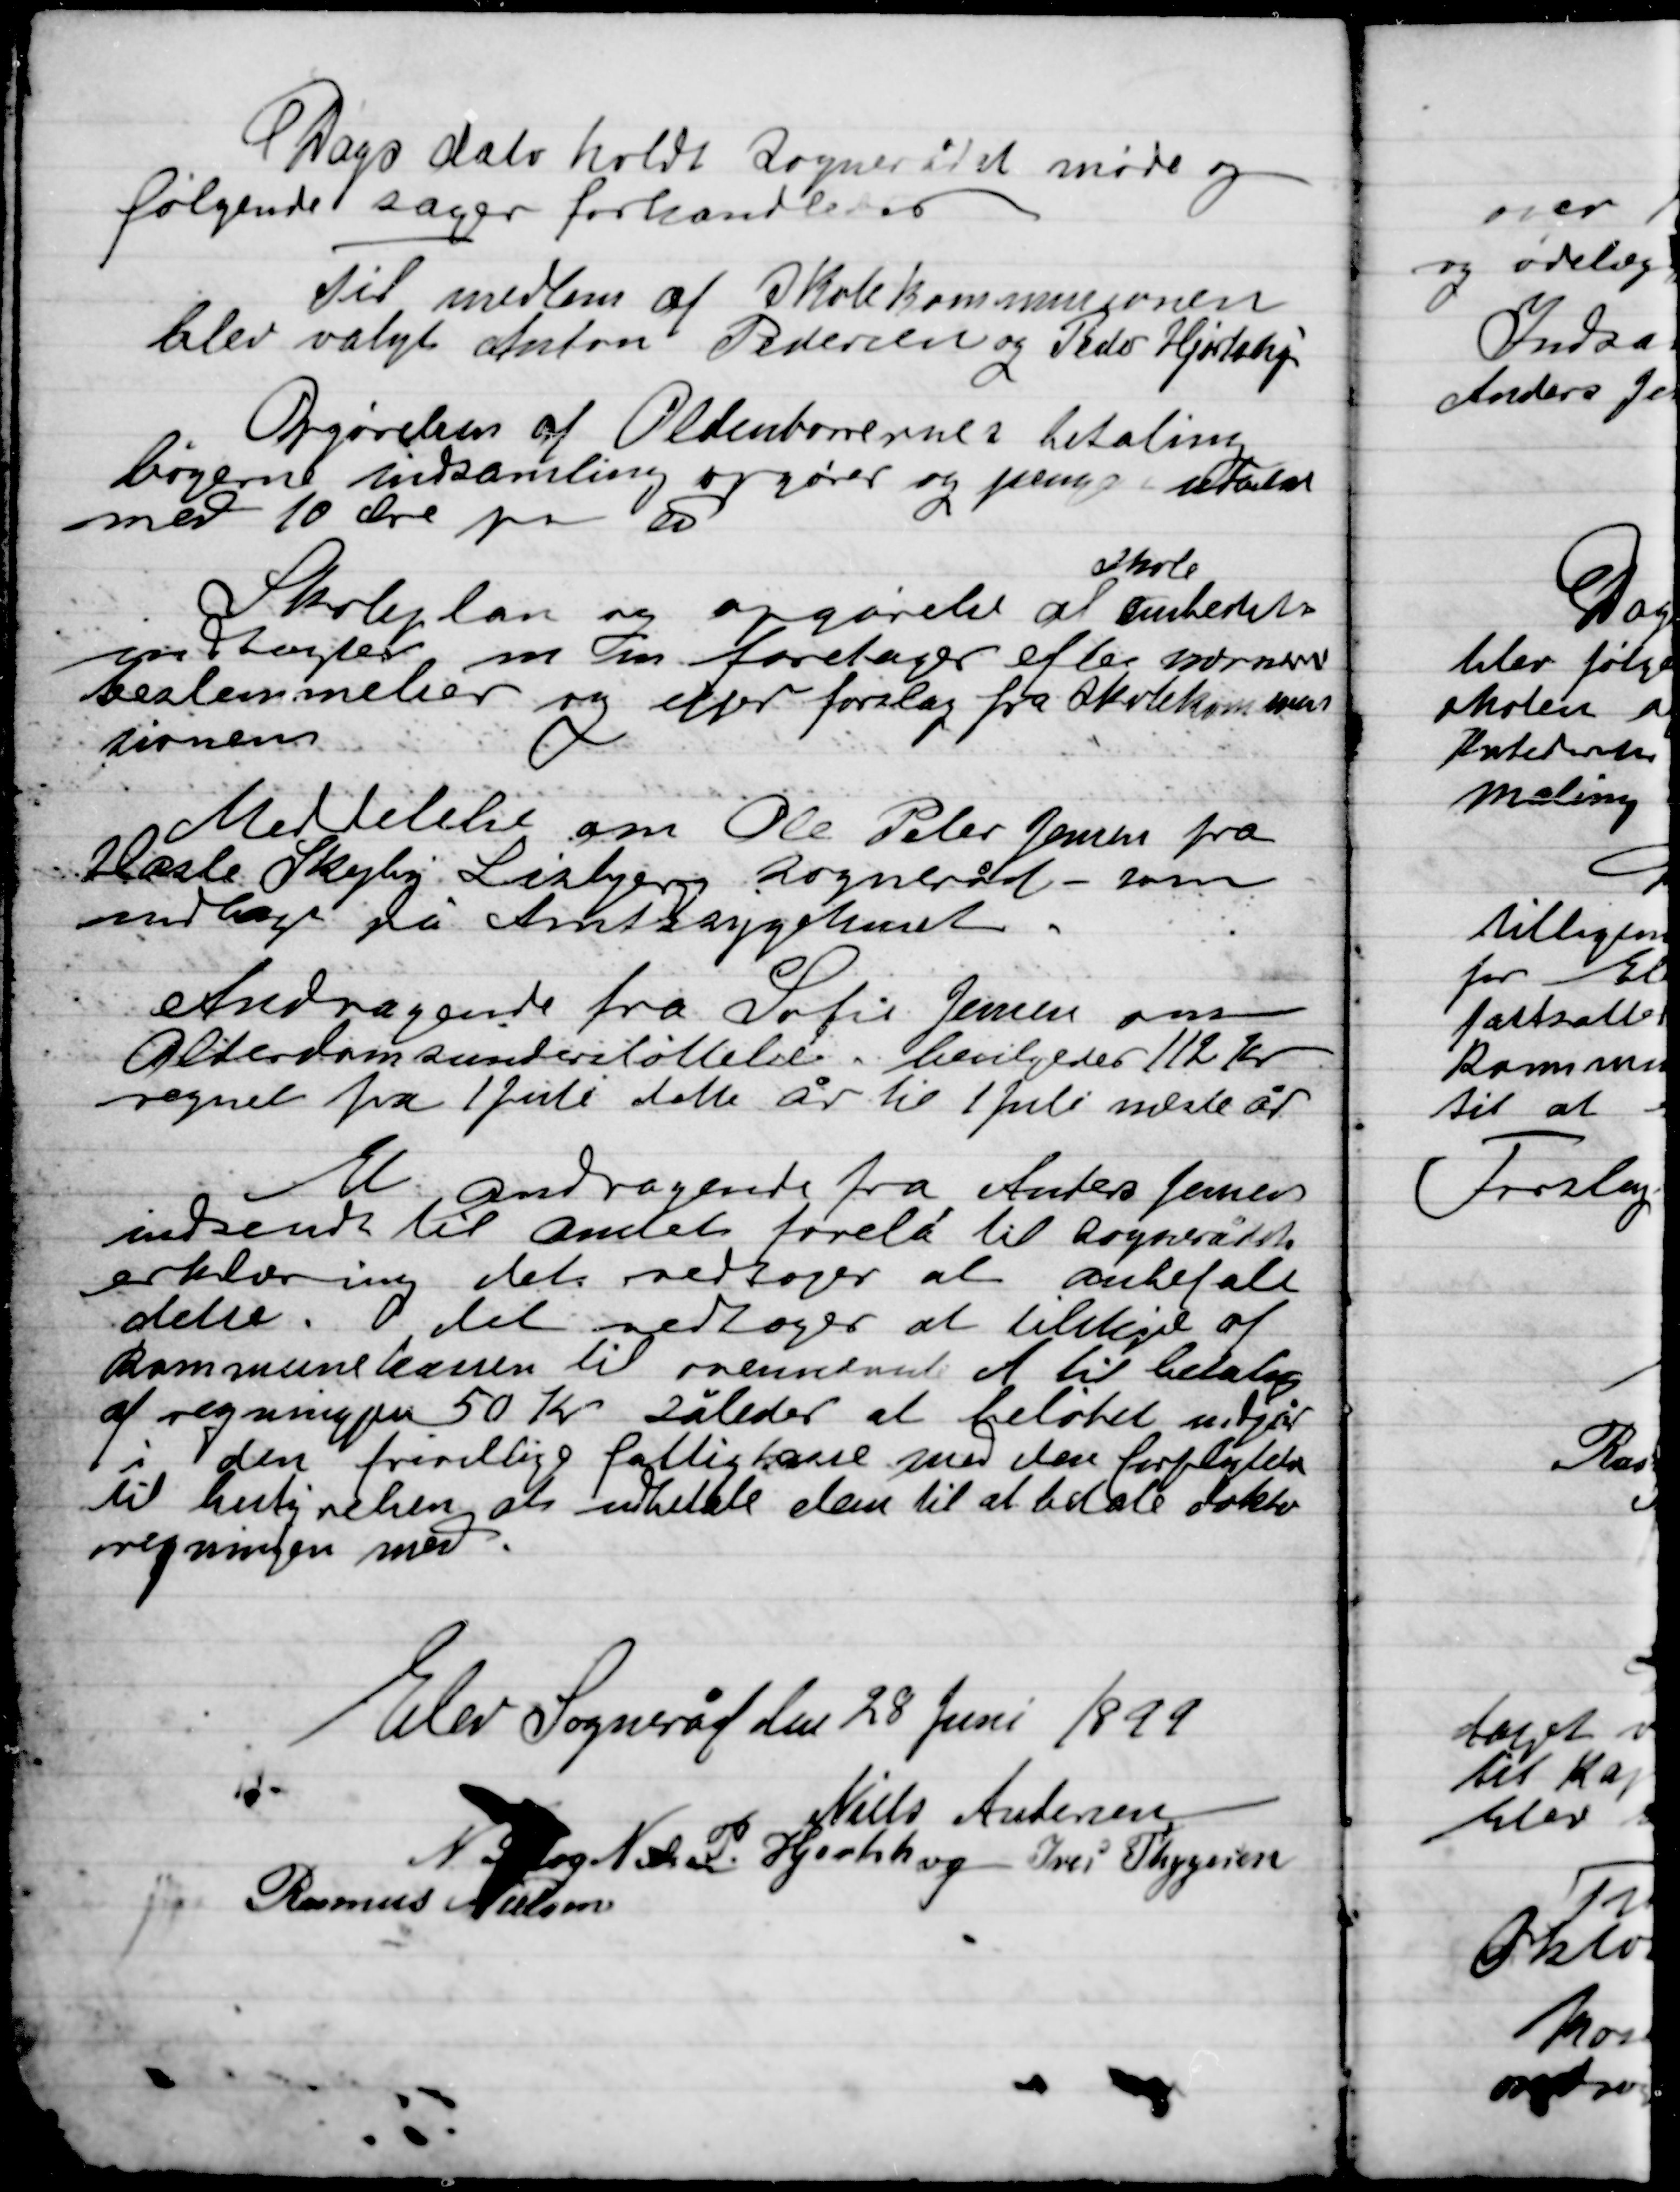
Transskription:
Dags dato holdt Sognerådet møde og
følgende sager forhandledes:

Til medlem af Skolekommissionen
Blev valgt Anton Pedersen og Peder Hjortshøj

Opgørelse af Oldenborrernes betaling
Bøgerne indsamling opgører og penge udbetalt
med 10 Øre pr. u.

Skoleplan og opgørelse af
Skole
ombehandlet
Indtager m.m. foretages efter
bestemmelser og efter forslag fra Skolekommis-
sionen

Meddelelse om Ole Peter Jensen fra
Hasle Skejby Lisbjerg Sogneråd som
Indlagt på Amtssygehuset.

Andragende fra Sofie Jensen om
Alderdomsunderstøttelse bevilgedes 112 Kr.
Regnet fra 1 juli dette år til 1 Juli næste år.

Et andragende fra Anders Jensen
Indsendt til Amtet forelå til Sognerådets
erklæring det vedtoges at anbefale
dette. Det vedtoges at tilkende af
Kommunekassen til ovennævnte et til betaling
af regningen 50 Kr. således at beløbet udgør
i den frivillige fattigkasse med den forpligtelse
til  at indbetale dem til at betale oktober
regningen med.

Elev Sogneråd 28 Juni 1899

Niels Andersen
N. Snog Nielsen
P. Hjortshøj
Ivar Thygesen
Rasmus Nielsen